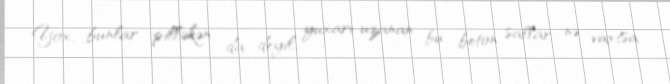
Yox, bunlar pilləkən da deyil, yuxarı uzanan bu beton sallar nə vaxtsa